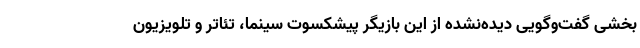
بخشی گفت‌وگویی دیده‌نشده از این بازیگر پیشکسوت سینما، تئاتر و تلویزیون